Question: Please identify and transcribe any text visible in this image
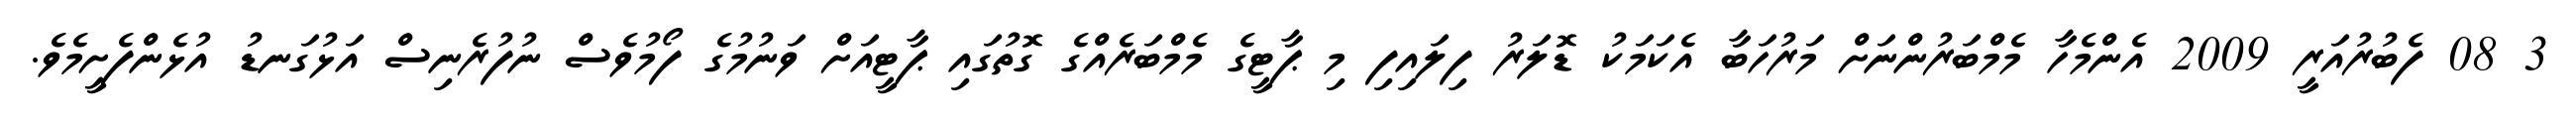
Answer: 3 08 ފެބުރުއަރީ 2009 އެންމެހާ މެމްބަރުންނަށް މަރުހަބާ އެކަމަކު ޑޮލަރު ފިލައިފި މި ޕާޓީގެ މެމްބަރެއްގެ ގޮތުގައި ޕާޓީއަށް ވަނުމުގެ ފޯމުވެސް ނުފުރެނިސް އަޅުގަނޑު އުޅެންފެށީމެވެ.